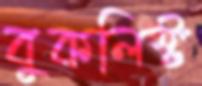
বুকলিস্ট